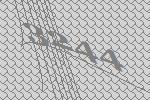
3244